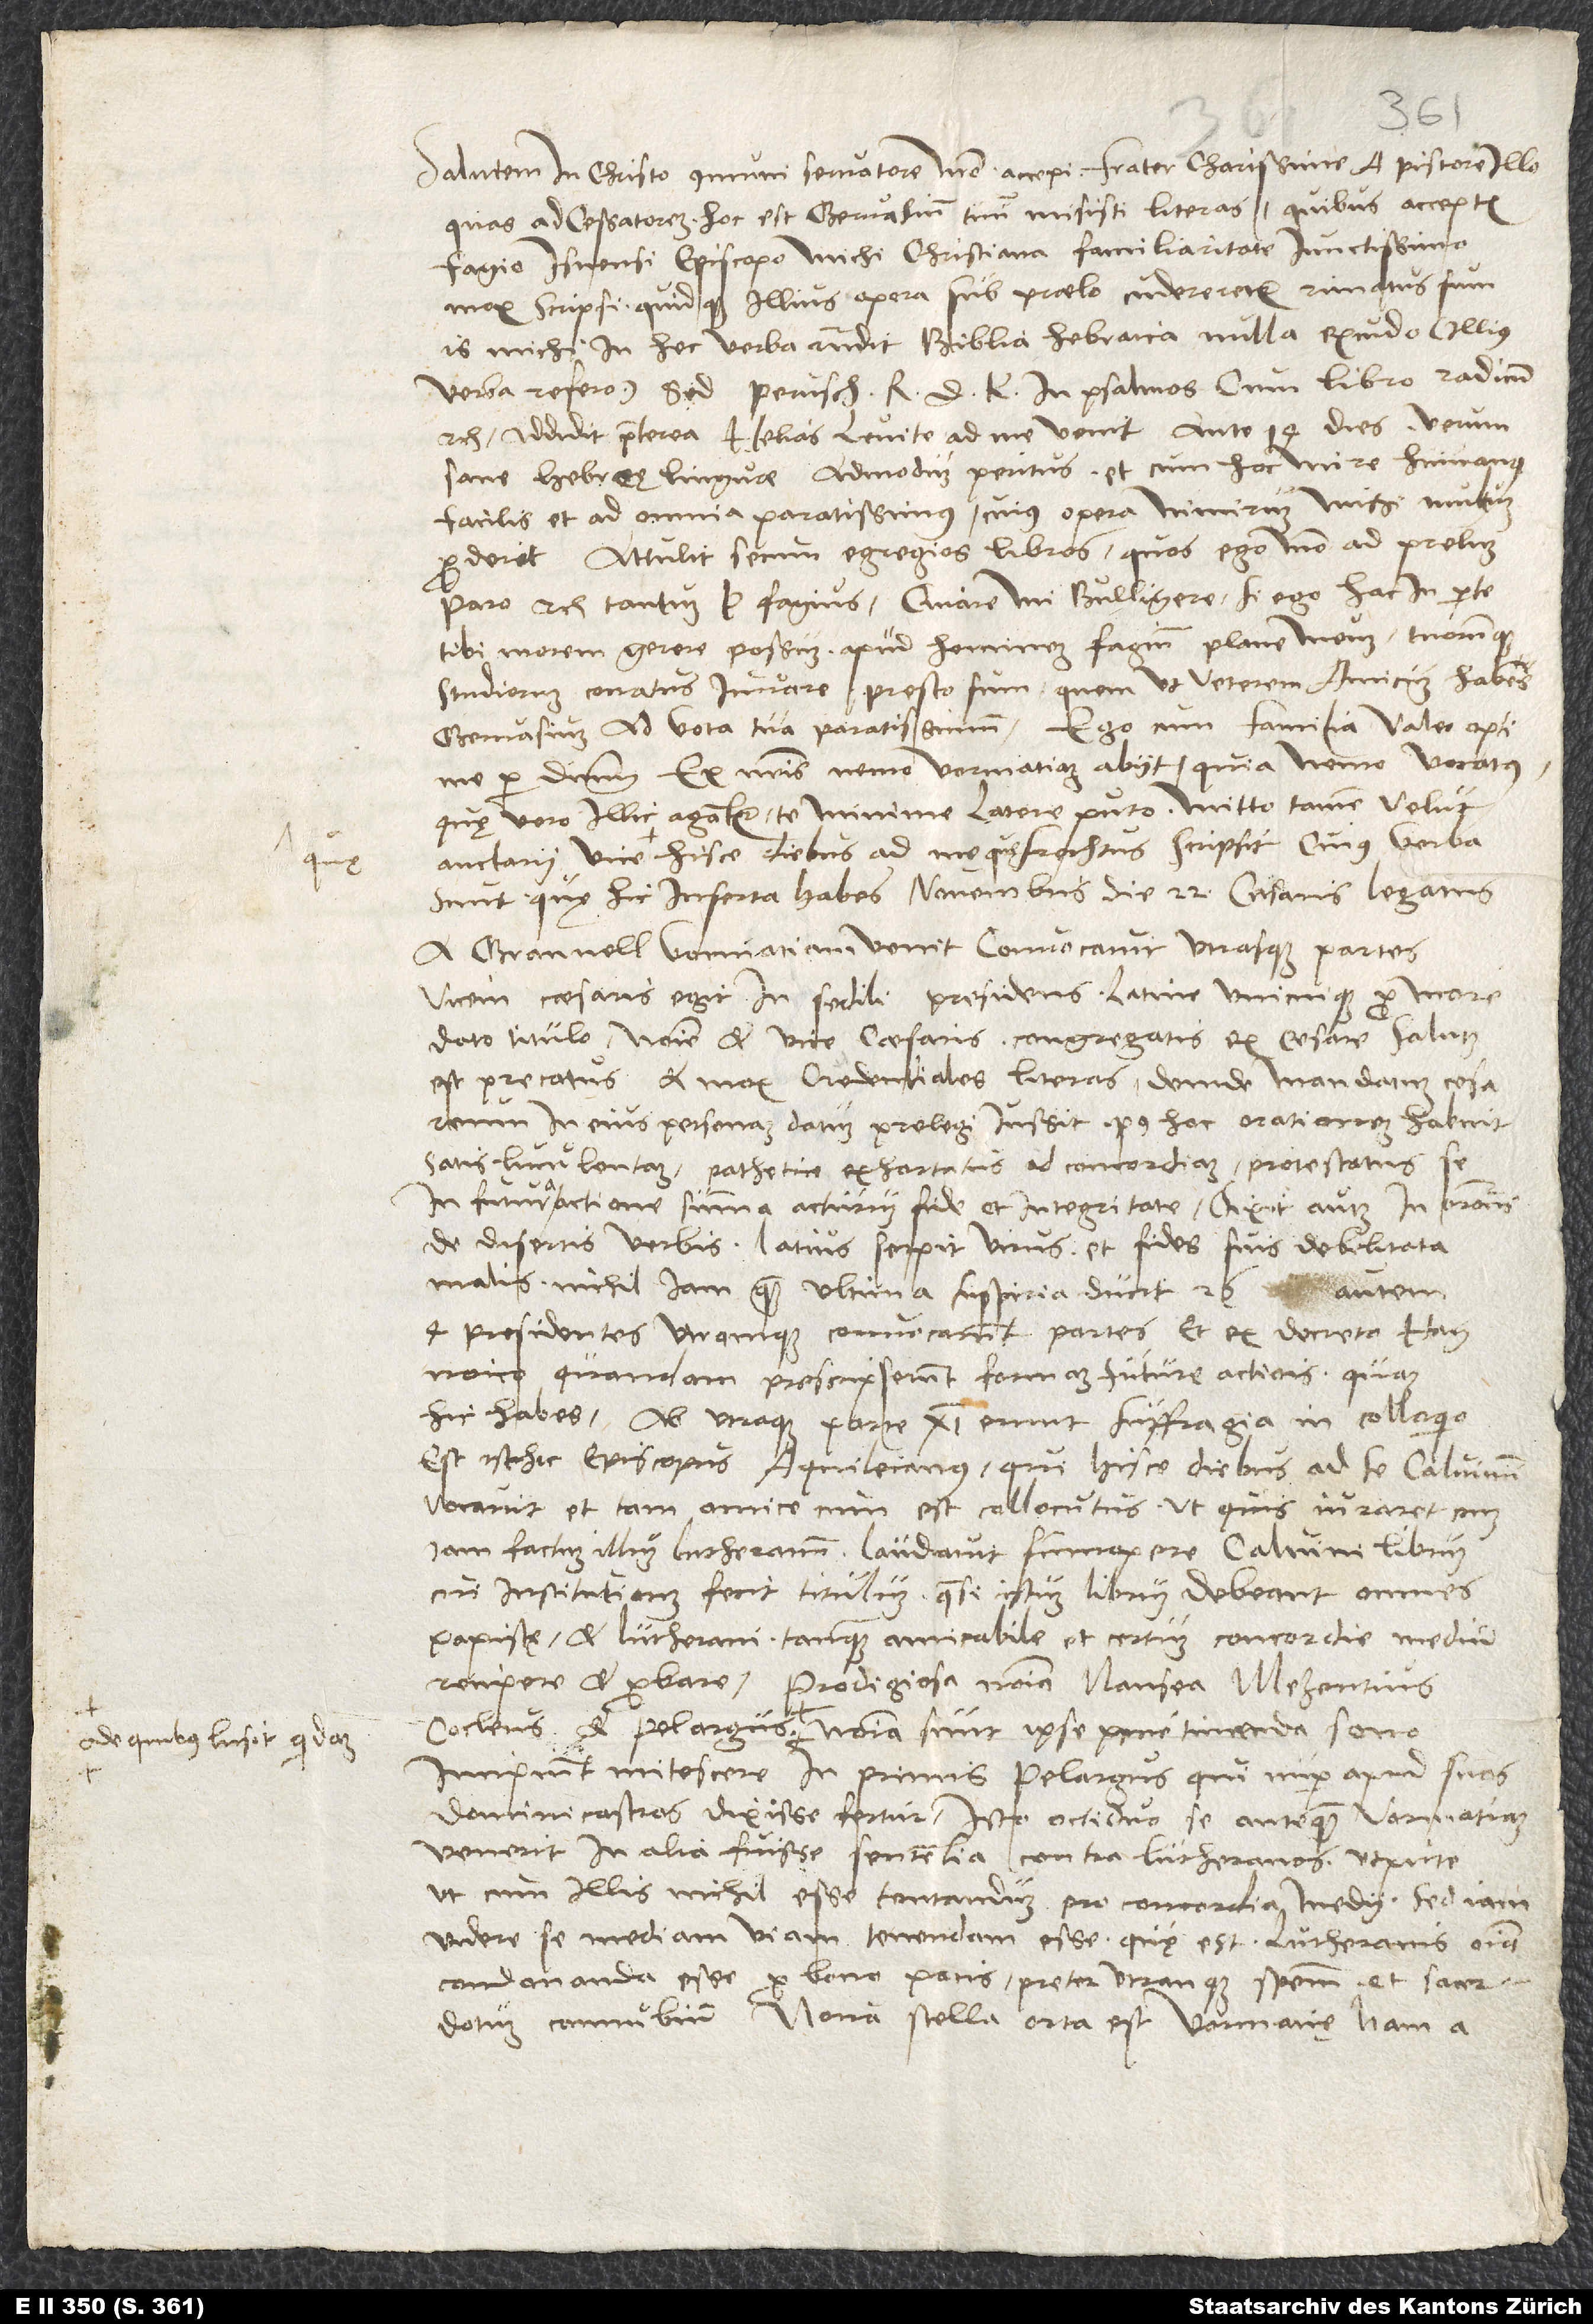
de quibus lusit quidam:

quę

Salutem in Christo, communi servatore nostro. Accepi, frater charissime, a pistore illo,
quas ad cessatorem, hoc est Gervasium tuum, misisti literas. Quibus acceptis
Fagio, Isnensi episcopo michi christiana familiaritate iunctissimo,
mox scripsi, quidque illius opera sub praelo cuderetur, rimatus sum.
Is michi in hec verba respondit: „Biblia Hebraica nulla excudo“ (illius
verba refero), „sed Perusch R.D.K. in Psalmos cum Libro Radicum“
etc. Addidit praeterea: „Helias Levite ad me venit ante 14 dies, verum
sane Hebreę linguae admodum peritus et cum hoc mire humanus,
facilis et ad omnia paratissimus, cuius opera nimirum michi multum
proderit. Attulit secum egregios libros, quos ego modo ad prelum
paro“ etc. Tantum P Fagius. Quare, mi Bulligere, si ego hac in parte
tibi morem gerere possum apud hominem Fagium plane meum tuorumque
studiorum conatus iuvare, presto sum, quem ut veterem amicum habes
Gervasium ad vota tua paratissimum. Ego cum familia valeo optime
per dominum. Ex nostris nemo Vormatiam abiit, quia nemo vocatus;
quę vero illic agantur, te minime latere puto. Mitto tamen velut
sunt, quę hic inserta habes: „Novembris die 22. cesaris legatus
a Granvell Vormatiam venit. Convocavit utrasque partes,
vicem caesaris egit in sedili presidens. Latine unicuique pro more
dato titulo, nomine et vice caesaris congregatis ex cesare salutem
est precatus et mox credentiales literas, deinde mandatum cesareum
in eius personam datum prelegi iussit. Post hoc orationem habuit
satis luculentam, pathetice exhortatus ad concordiam, protestatus
in futura actione summa acturum fide et integritate. Dixit autem in oratione
de disertis verbis: 'Latius serpit virus, et fides suis debilitata
malis nichil iam quam ultima suspiria ducit.' 26. autem
4 presidentes utramque convocarunt partes et ex decreto Hagnoico
quandam prescripserunt formam future actionis, quam
hic habes. Ab utraque parte 11 erunt suffragia in colloquio.
Est isthic episcopus Aquileianus, qui hisce diebus ad se Calvinum
vocavit et tam amice cum est collocutus, ut quis iuraret eum
iam factum Lutheranum. Laudavit summopere Calvini librum,
cui Institutionem fecit titulum, quasi istum librum debeant omnes
papistę et Lutherani tanquam amicabile et certum concordie medium
recipere et probare. Prodigiosa nomina Nausea, Mezentius,
Incipiunt mitescere, in primis Pelargus, qui nuper apud suos
Dominicastros dixisse fertur isto octiduo se, antequam Vormatiam
venerit, in alia fuisse sententia contra Lutheranos, utpute
ut cum illis nichil esse tentandum pro concordia medii, sed iam
videre se mediam viam tenendam esse, quę est Lutheranis omnia
condonanda esse pro bono pacis preter utranque speciem et sacerdotum
connubium. Nova stella orta est Vormatię; nam a